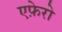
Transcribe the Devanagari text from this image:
एफ़ेरो